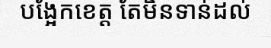
បង្អែកខេត្ត តែមិនទាន់ដល់